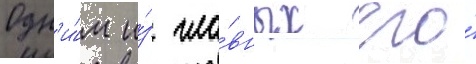
Одн'и́м и́з гла́вных его́